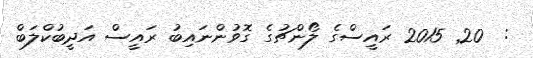
:  20